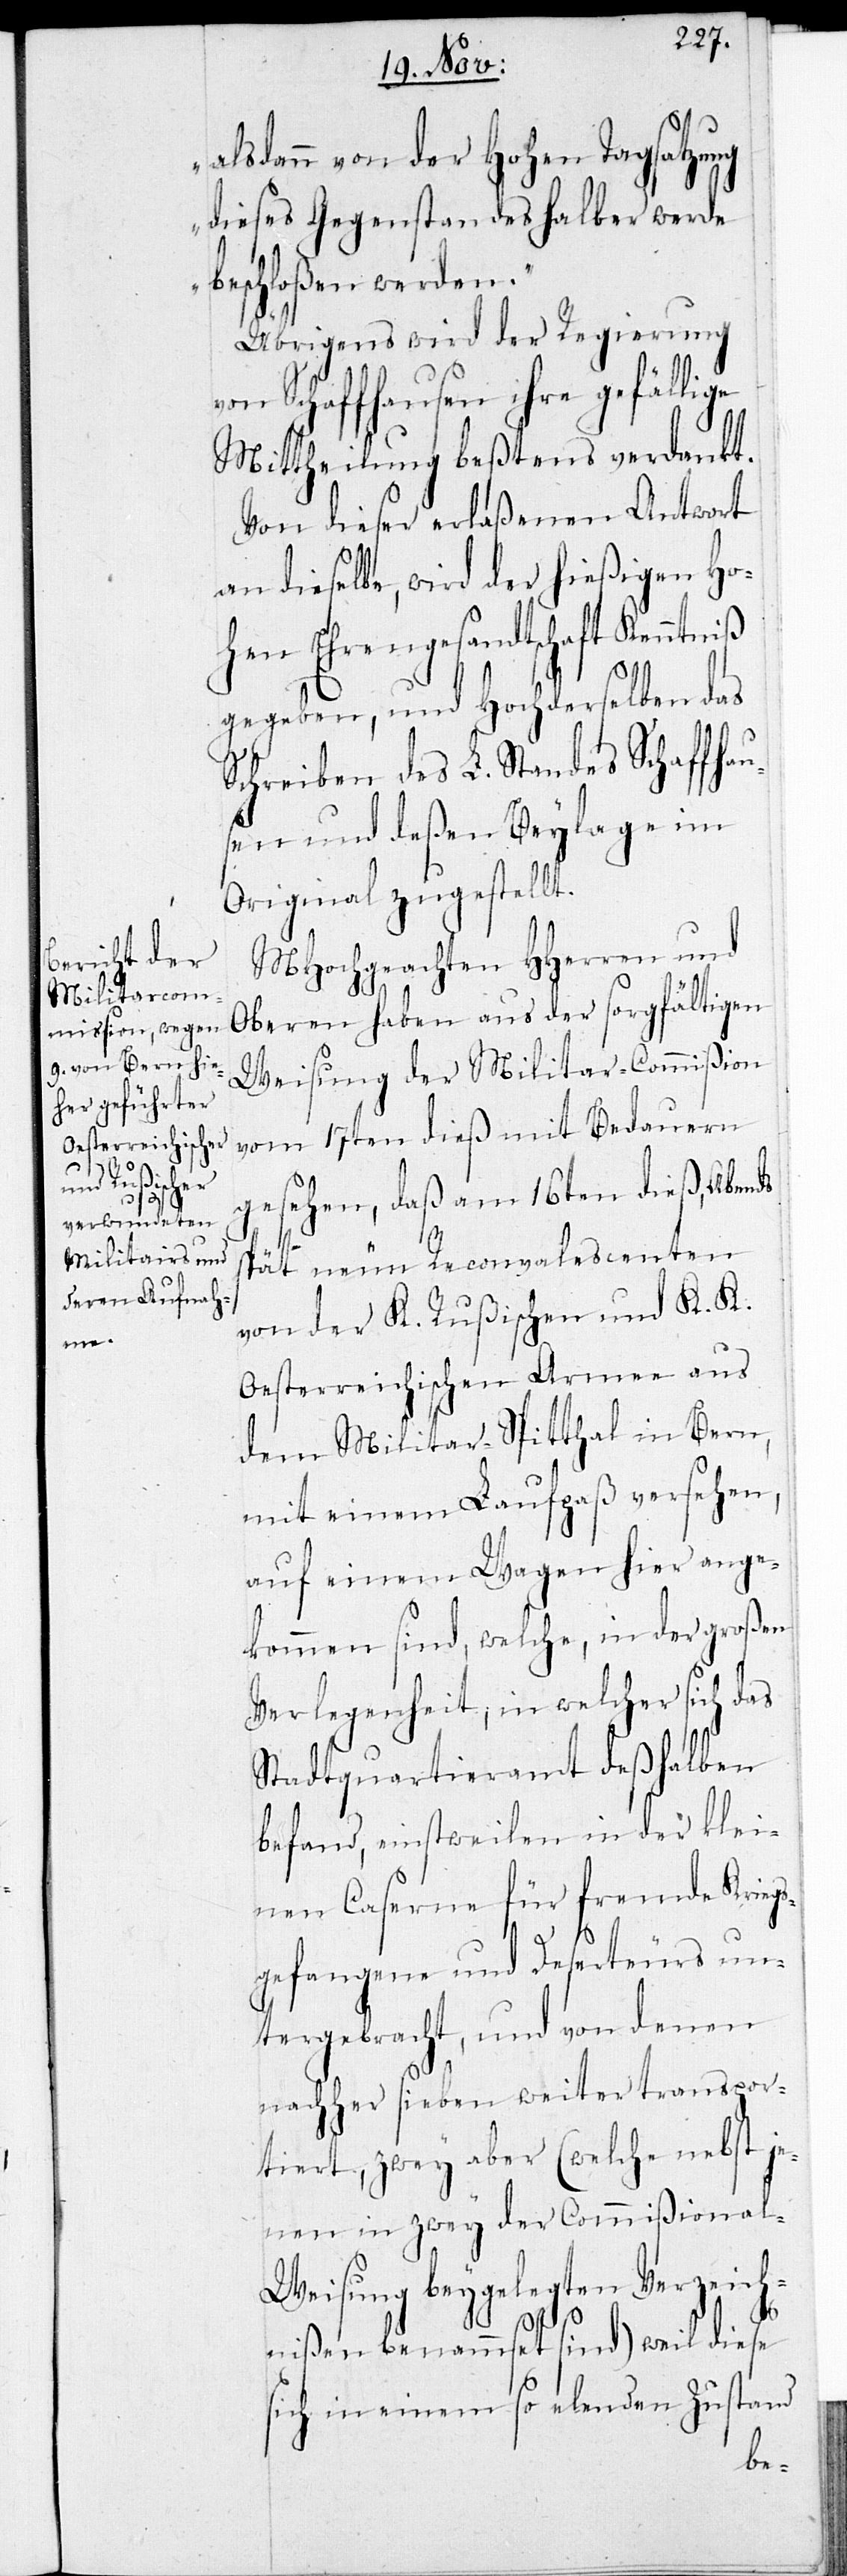
iß

alsdann von der Hohen Tagsatzung
dieses Gegenstandes halber werde
beschloßen werden.“
Übrigens wird der Regierung
von Schaffhausen ihre gefällige
Mittheilung beßtens verdankt.
Von dieser erlaßenen Antwort
an dieselbe wird der hießigen Ho¬
hen Ehrengesandtschaft Kenntn¬
gegeben, und Hochderselben das
Schreiben des L. Standes Schaffhau¬
sen und deßen Beylage im
Original zugestellt.
MHochgeachten HHerren und
Oberen haben aus der sorgfältigen
Weisung der Militar-Commißion
vom 17ten dieß mit Bedauern
gesehen, daß am 16ten dieß, Abends
spät neun Reconvalescenten
von der K. Rußischen und K. K.
Oesterreichischen Armee aus
dem Militar-Spitthal in Bern,
mit einem Laufpaß versehen,
auf einem Wagen hier ange¬
kommen sind, welche, in der großen
Verlegenheit, in welcher sich das
Stadtquartieramt deßhalben
befand, einstweilen in der klei¬
nen Caserne für fremde Kriegs¬
gefangene und Deserteurs un¬
tergebracht, und von denen
nachher sieben weiter transpor¬
tiert, zwey aber (welche nebst je¬
nen in zwey der Commißional-W¬
eisung beygelegten Verzeich¬
nißen benamset sind), weil diese
sich in einem so elenden Zustand